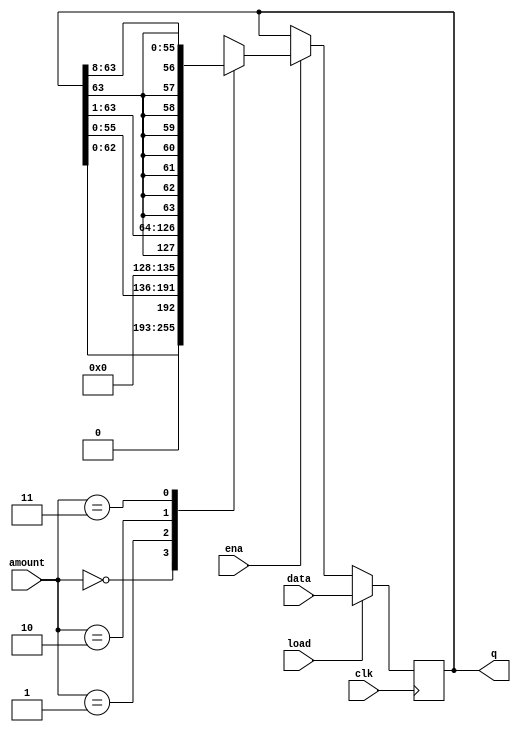
module top_module(
    input clk,
    input load,
    input ena,
    input [1:0] amount,
    input [63:0] data,
    output reg [63:0] q);
    
    //reg[63:0] temp;
    always @(posedge clk)
        begin
            if(load) begin
                q<= data;
            end
            else if(ena) begin
                case(amount)
                    2'b00: q <= q<<1;
                    2'b01: q <= {q[55:0], {8{1'b0}}};
                    2'b10: q <= {q[63], q[63:1]};
                    2'b11: q <= {{8{q[63]}}, q[63:8]};
                    endcase
               end
          end
endmodule